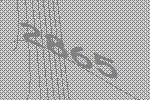
2865